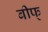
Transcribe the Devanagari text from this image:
बीफ्